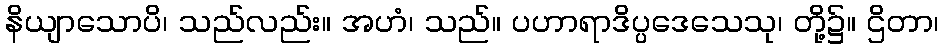
နိယျာသောပိ၊ သည်လည်း။ အဟံ၊ သည်။ ပဟာရာဒိပ္ပဒေသေသု၊ တို့၌။ ဌိတာ၊